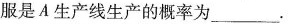
服是A生产线生产的概率为___.